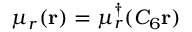
\mu _ { r } ( \mathbf { r } ) = \mu _ { r } ^ { \dagger } ( C _ { 6 } \mathbf { r } )